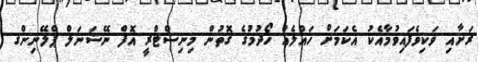
ރަށާއި ވަކިވެފައިވުމާއެކު އެކަމަށް ހައްލެއް ހޯދުމުގެ ގޮތުން މިނިސްޓްރީ އޮފް ނޭޝަނަލް ޕްލޭނިންގ